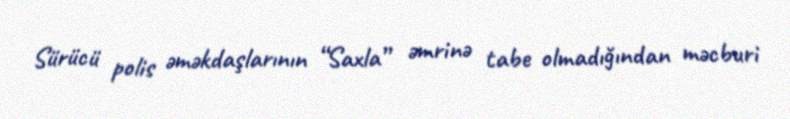
Sürücü polis əməkdaşlarının “Saxla” əmrinə tabe olmadığından məcburi